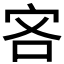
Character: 𫲾